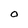
Character: O